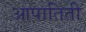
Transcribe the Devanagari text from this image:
आपातिती